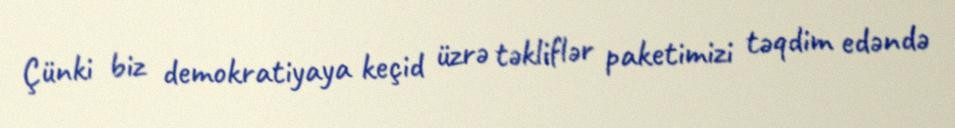
Çünki biz demokratiyaya keçid üzrə təkliflər paketimizi təqdim edəndə